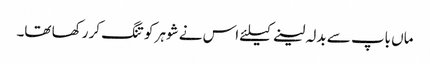
ماں باپ سے بدلہ لینے کیلئے اس نے شوہر کو تنگ کر رکھا تھا۔